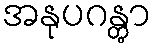
အနုပဂန္တွာ